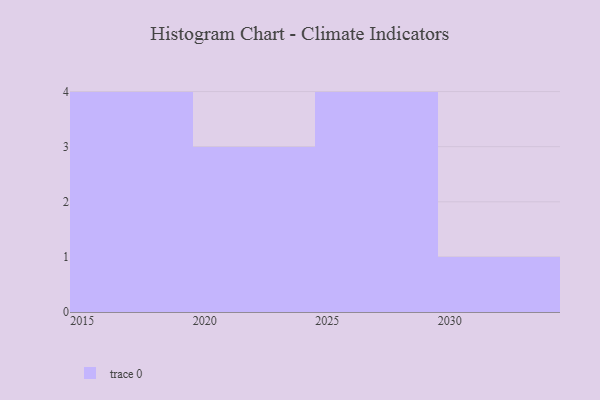
{"axis": {"x": "Year", "y": "Customer Acquisition Cost (USD)"}, "legend": [""], "data": [{"x": "2019", "y": 51, "type": ""}, {"x": "2020", "y": 66, "type": ""}, {"x": "2029", "y": 18, "type": ""}, {"x": "2026", "y": 55, "type": ""}, {"x": "2027", "y": 100, "type": ""}, {"x": "2023", "y": 78, "type": ""}, {"x": "2016", "y": 61, "type": ""}, {"x": "2017", "y": 88, "type": ""}, {"x": "2028", "y": 15, "type": ""}, {"x": "2030", "y": 14, "type": ""}, {"x": "2024", "y": 80, "type": ""}, {"x": "2018", "y": 91, "type": ""}]}